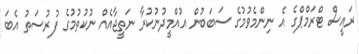
ރައީސް ޓްރަމްޕްގެ އެ ނިންމެވުމުގެ ސަބަބުން އުއްމީދުނުކުރާ ނަތީޖާއެއް ނުކުތުމުގެ ފުރުސަތު އެބަ